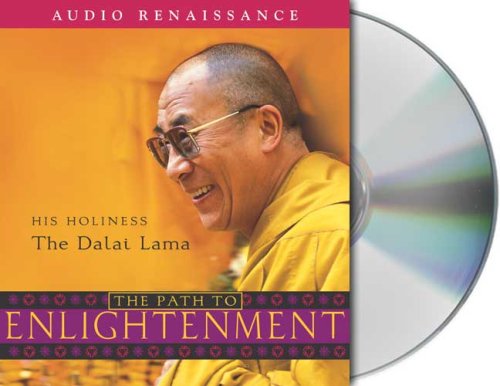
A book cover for The Path to Enlightenment; Dalai Lama; Religion & Spirituality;